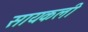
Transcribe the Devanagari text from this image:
सायकली